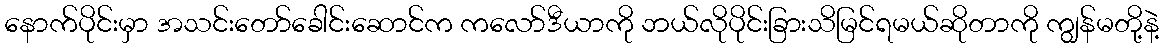
နောက်ပိုင်းမှာ အသင်းတော်ခေါင်းဆောင်က ကလော်ဒီယာကို ဘယ်လိုပိုင်းခြားသိမြင်ရမယ်ဆိုတာကို ကျွန်မတို့နဲ့